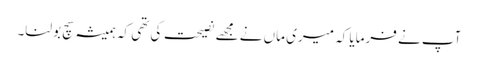
آپ نے فرمایا کہ میری ماں نے مجھے نصیحت کی تھی کہ ہمیشہ سچ بولنا۔